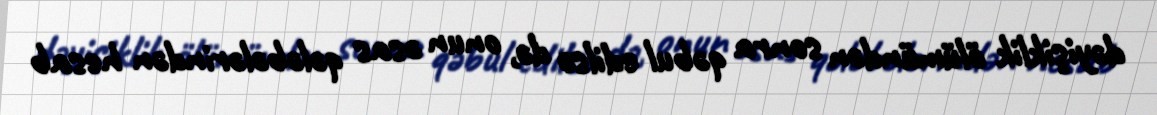
dəyişiklik ölümündən sonra qəbul edilsə də, onun əsas qələbələrindən hesab